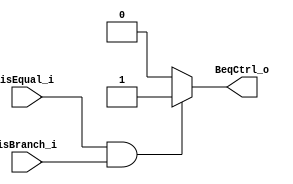
module BeqCtrl(
    isEqual_i,
    isBranch_i,
    BeqCtrl_o
);

input isEqual_i, isBranch_i;
output BeqCtrl_o;

assign BeqCtrl_o = (isEqual_i == 1 && isBranch_i == 1)? 1 : 0;

endmodule